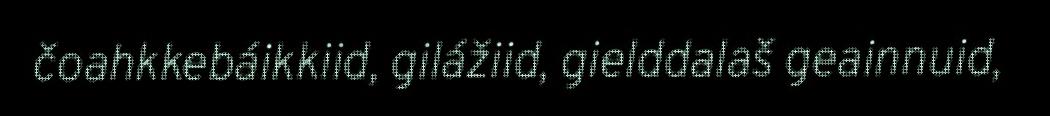
čoahkkebáikkiid, gilážiid, gielddalaš geainnuid,